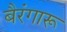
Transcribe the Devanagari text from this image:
बैरंगारू